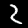
Digit: 2